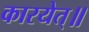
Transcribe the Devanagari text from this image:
कारयेत्॥